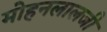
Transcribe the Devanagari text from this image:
मोहनलालजी